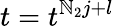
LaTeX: t=t^{\mathbb{N}_{2}j+l}